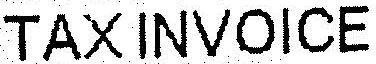
TAX INVOICE